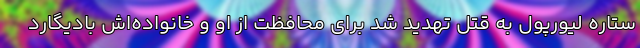
ستاره لیورپول به قتل تهدید شد برای محافظت از او و خانواده‌اش بادیگارد